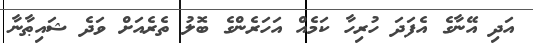
އަދި އޭނާގެ އެފަދަ ހުރިހާ ކަމެއް އަހަރެންގެ ބޮލު ތެރެއަށް ވަދެ ޝައިޠާނާ